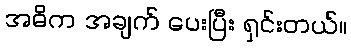
အဓိက အချက် ပေးပြီး ရှင်းတယ်။